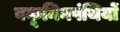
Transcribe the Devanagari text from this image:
बकूनिनपंथियों